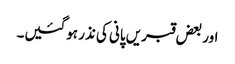
اور بعض قبریں پانی کی نذر ہوگئیں۔